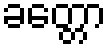
ခတ္တော